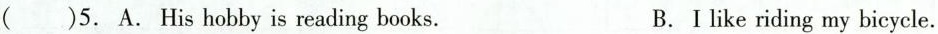
( )5. A.His hobby is reading books. B.I like riding my bicycle.